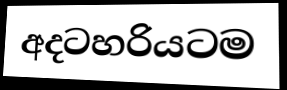
අදටහරියටම